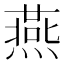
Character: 燕